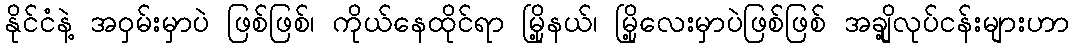
နိုင်ငံနဲ့ အဝှမ်းမှာပဲ ဖြစ်ဖြစ်၊ ကိုယ်နေထိုင်ရာ မြို့နယ်၊ မြို့လေးမှာပဲဖြစ်ဖြစ် အချို့လုပ်ငန်းများဟာ